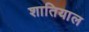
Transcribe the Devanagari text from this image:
शातियाल